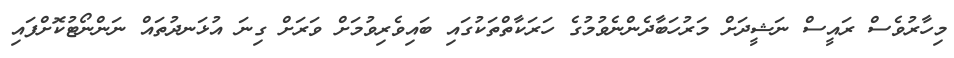
މިހާރުވެސް ރައީސް ނަޝީދަށް މަރުހަބާދެންނެވުމުގެ ހަރަކާތްތަކުގައި ބައިވެރިވުމަށް ވަރަށް ގިނަ އުޅަނދުތައް ނަންނޯޓުކޮށްފައި